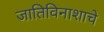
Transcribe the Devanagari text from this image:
जातिविनाशाचे